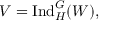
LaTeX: V = { \mathrm { I n d } } _ { H } ^ { G } ( W ) ,